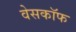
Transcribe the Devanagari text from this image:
वेसकॉफ